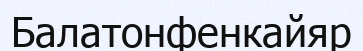
Балатонфенкайяр